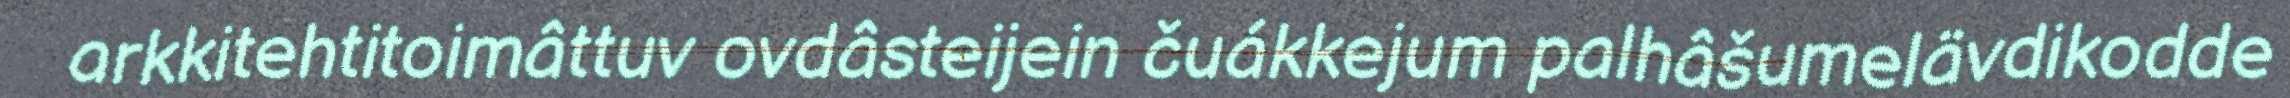
arkkitehtitoimâttuv ovdâsteijein čuákkejum palhâšumelävdikodde